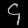
Digit: ၄